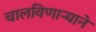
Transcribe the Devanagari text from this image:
चालविणाऱ्याने